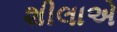
શીલાએ